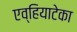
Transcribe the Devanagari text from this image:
एव्हियाटेका